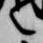
言